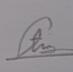
Signature authenticity: genuine